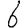
Digit: 6